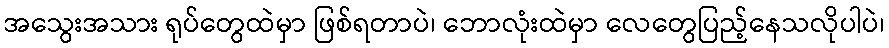
အသွေးအသား ရုပ်တွေထဲမှာ ဖြစ်ရတာပဲ၊ ဘောလုံးထဲမှာ လေတွေပြည့်နေသလိုပါပဲ၊